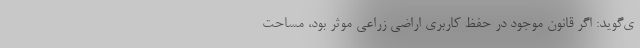
ی‌گوید: اگر قانون موجود در حفظ کاربری اراضی زراعی موثر بود، مساحت